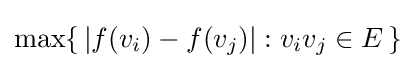
\max\{\,|f(v_{i})-f(v_{j})|:v_{i}v_{j}\in E\,\}